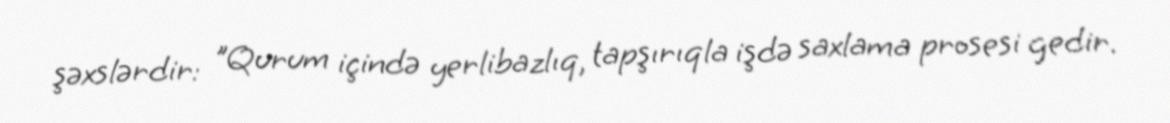
şəxslərdir: "Qurum içində yerlibazlıq, tapşırıqla işdə saxlama prosesi gedir.